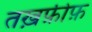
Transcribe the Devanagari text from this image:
तख़फ़ीफ़